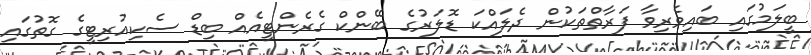
ބީލަމުގައި ބައިވެރިވާ ފަރާތްތަކުން ދެލައްކަ ޑޮލަރުގެ ބޭންކް ގެރެންޓީއެއް ބިޑް ސެކިއުރިޓީގެ ގޮތުގައި